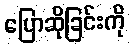
ပြောဆိုခြင်းကို